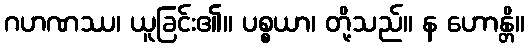
ဂဟဏဿ၊ ယူခြင်း၏။ ပစ္စယာ၊ တို့သည်။ န ဟောန္တိ။